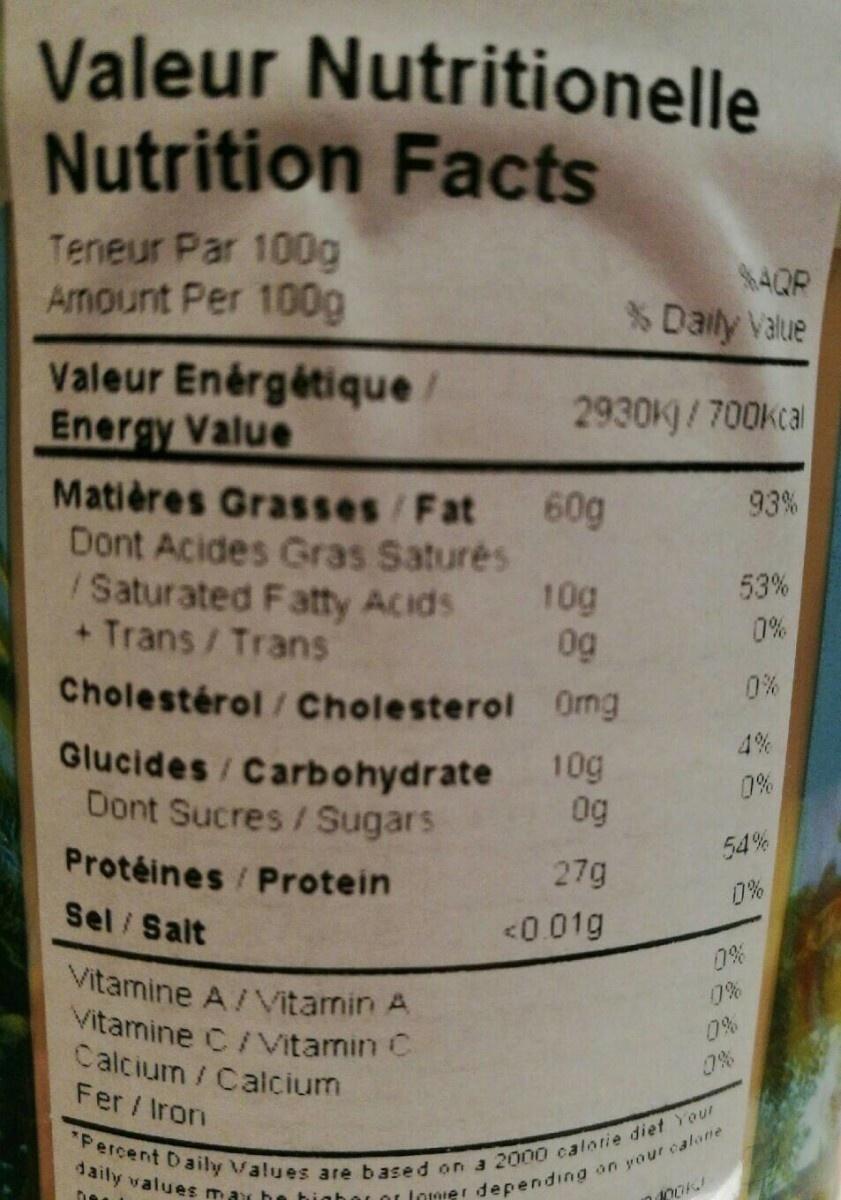
Valeur Nutritionelle Nutrition Facts
Teneur Par 100g Amount Per 100g
Valeur Enérgétique / Energy Value
Matières Grasses/Fat Dont Acides Gras Saturés
/Saturated Fatty Acids + Trans / Trans
Cholestérol / Cholesterol
Glucides/Carbohydrate Dont Sucres / Sugars
Protéines / Protein
Sel / Salt
Vitamine A/Vitamin A Vitamine C / Vitamin C Calcium / Calcium Fer/Iron
2930K)/700kcal
60g
10g Og
0mg
10g
og
27g
<0.01g
% Daily Value
"Percent Daily Values are based on a 2000 calorie diet Your
on your calone
daily values may be higher or lomier depending
De
ook
6 6 8 8 4 8 $6/6666)
53%